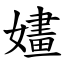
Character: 嫿